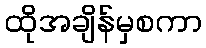
ထိုအချိန်မှစကာ